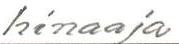
hinaaja